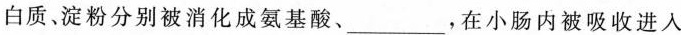
白质、淀粉分别被消化成氨基酸、___，在小肠内被吸收进入